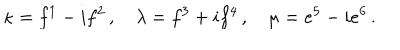
LaTeX: \kappa = f ^ { 1 } - i f ^ { 2 } \, , \quad \lambda = f ^ { 3 } + i f ^ { 4 } \, , \quad \mu = e ^ { 5 } - i e ^ { 6 } \, .